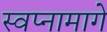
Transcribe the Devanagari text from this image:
स्वप्नामागे